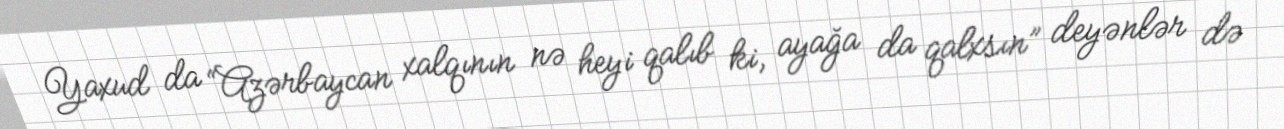
Yaxud da “Azərbaycan xalqının nə heyi qalıb ki, ayağa da qalxsın” deyənlər də